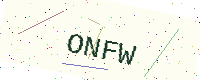
Text: ONFW